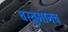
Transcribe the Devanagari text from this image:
वस्तुमानच